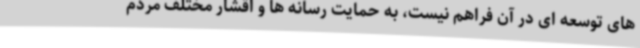
های توسعه ای در آن فراهم نیست، به حمایت رسانه ها و اقشار مختلف مردم